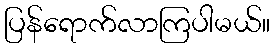
ပြန်ရောက်လာကြပါမယ်။